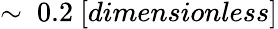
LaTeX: \sim\ 0.2\ [dimensionless]